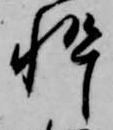
忰